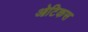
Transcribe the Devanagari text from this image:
ओटिकस